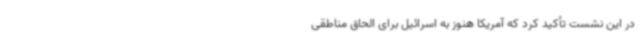
در این نشست تأکید کرد که آمریکا هنوز به اسرائیل برای الحاق مناطقی